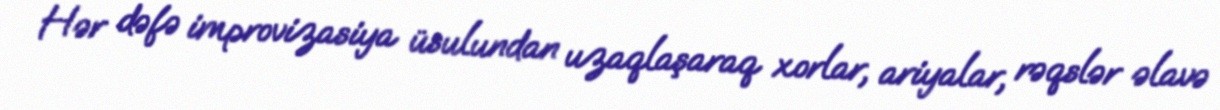
Hər dəfə improvizasiya üsulundan uzaqlaşaraq xorlar, ariyalar, rəqslər əlavə